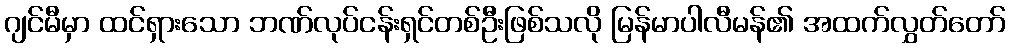
ဂျင်မီမှာ ထင်ရှားသော ဘဏ်လုပ်ငန်းရှင်တစ်ဦးဖြစ်သလို မြန်မာပါလီမန်၏ အထက်လွှတ်တော်